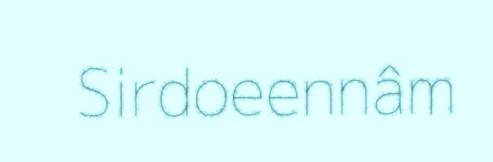
Sirdoeennâm